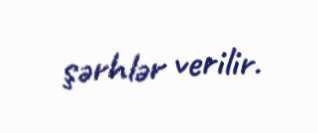
şərhlər verilir.